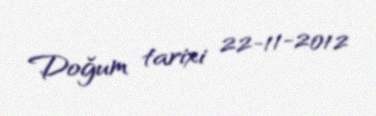
Doğum tarixi 22-11-2012